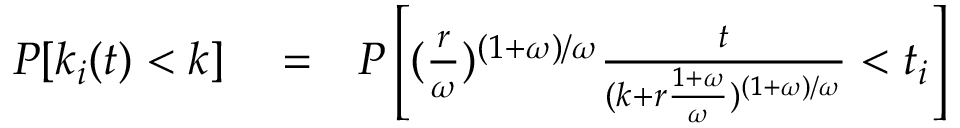
\begin{array} { r l r } { P [ k _ { i } ( t ) < k ] } & { { } = } & { P \left[ ( \frac { r } { \omega } ) ^ { ( 1 + \omega ) / \omega } \frac { t } { ( k + r \frac { 1 + \omega } { \omega } ) ^ { ( 1 + \omega ) / \omega } } < t _ { i } \right] } \end{array}